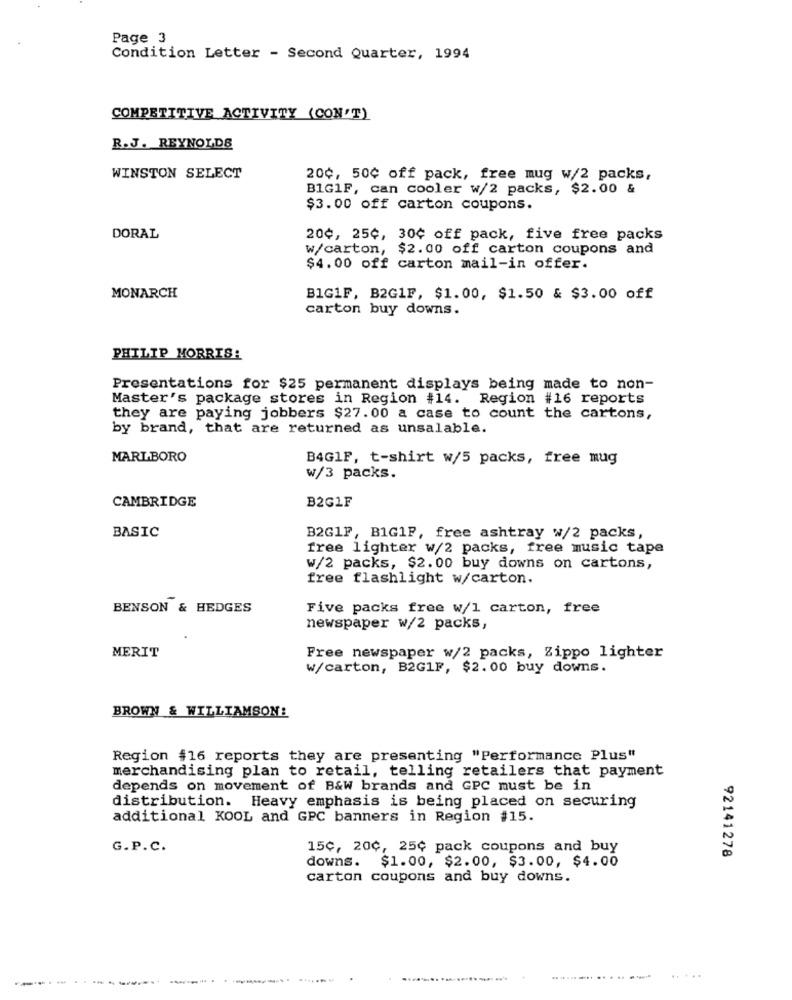
Page 3
Condition Letter - Second Quarter, 1994
COMPETITIVE ACTIVITY (CON'T)
R.J. REYNOLDS
WINSTON SELECT
20¢, 50¢ off pack, free mug w/2 packs,
BIG1F, can cooler w/2 packs, $2.00 &
$3.00 off carton coupons.
DORAL
20¢, 25¢, 30¢ off pack, five free packs
w/carton, $2.00 off carton coupons and
$4.00 off carton mail-in offer.
MONARCH
BIG1F, B2G1F, $1.00, $1.50 & $3.00 off
carton buy downs.
PHILIP MORRIS!
Presentations for $25 permanent displays being made to non-
Master's package stores in Region #14. Region #16 reports
they are paying jobbers $27.00 a case to count the cartons,
by brand, that are returned as unsalable.
MARLBORO
B4G1F, t-shirt w/5 packs, free mug
w/3 packs.
B2G1F
CAMBRIDGE
BASIC
B2G1F, B1G1P, free ashtray w/2 packs,
free lighter w/2 packs, free music tape
W/2 packs, $2.00 buy downs on cartons,
free flashlight w/carton.
BENSON & HEDGES
Five packs free w/1 carton, free
newspaper w/2 packs,
MERIT
Free newspaper w/2 packs, Zippo lighter
w/carton, B2G1F, $2.00 buy downs.
BROWN & WILLIAMSON:
Region #16 reports they are presenting "Performance Plus"
merchandising plan to retail, telling retailers that payment
depends on movement of B&W brands and GPC must be in
distribution. Heavy emphasis is being placed on securing
additional KOOL and GPC banners in Region #15.
G.P.C.
15¢, 20¢, 25¢ pack coupons and buy
92141278
downs. $1.00, $2.00, $3.00, $4.00
carton coupons and buy downs.
........... ..........
.....